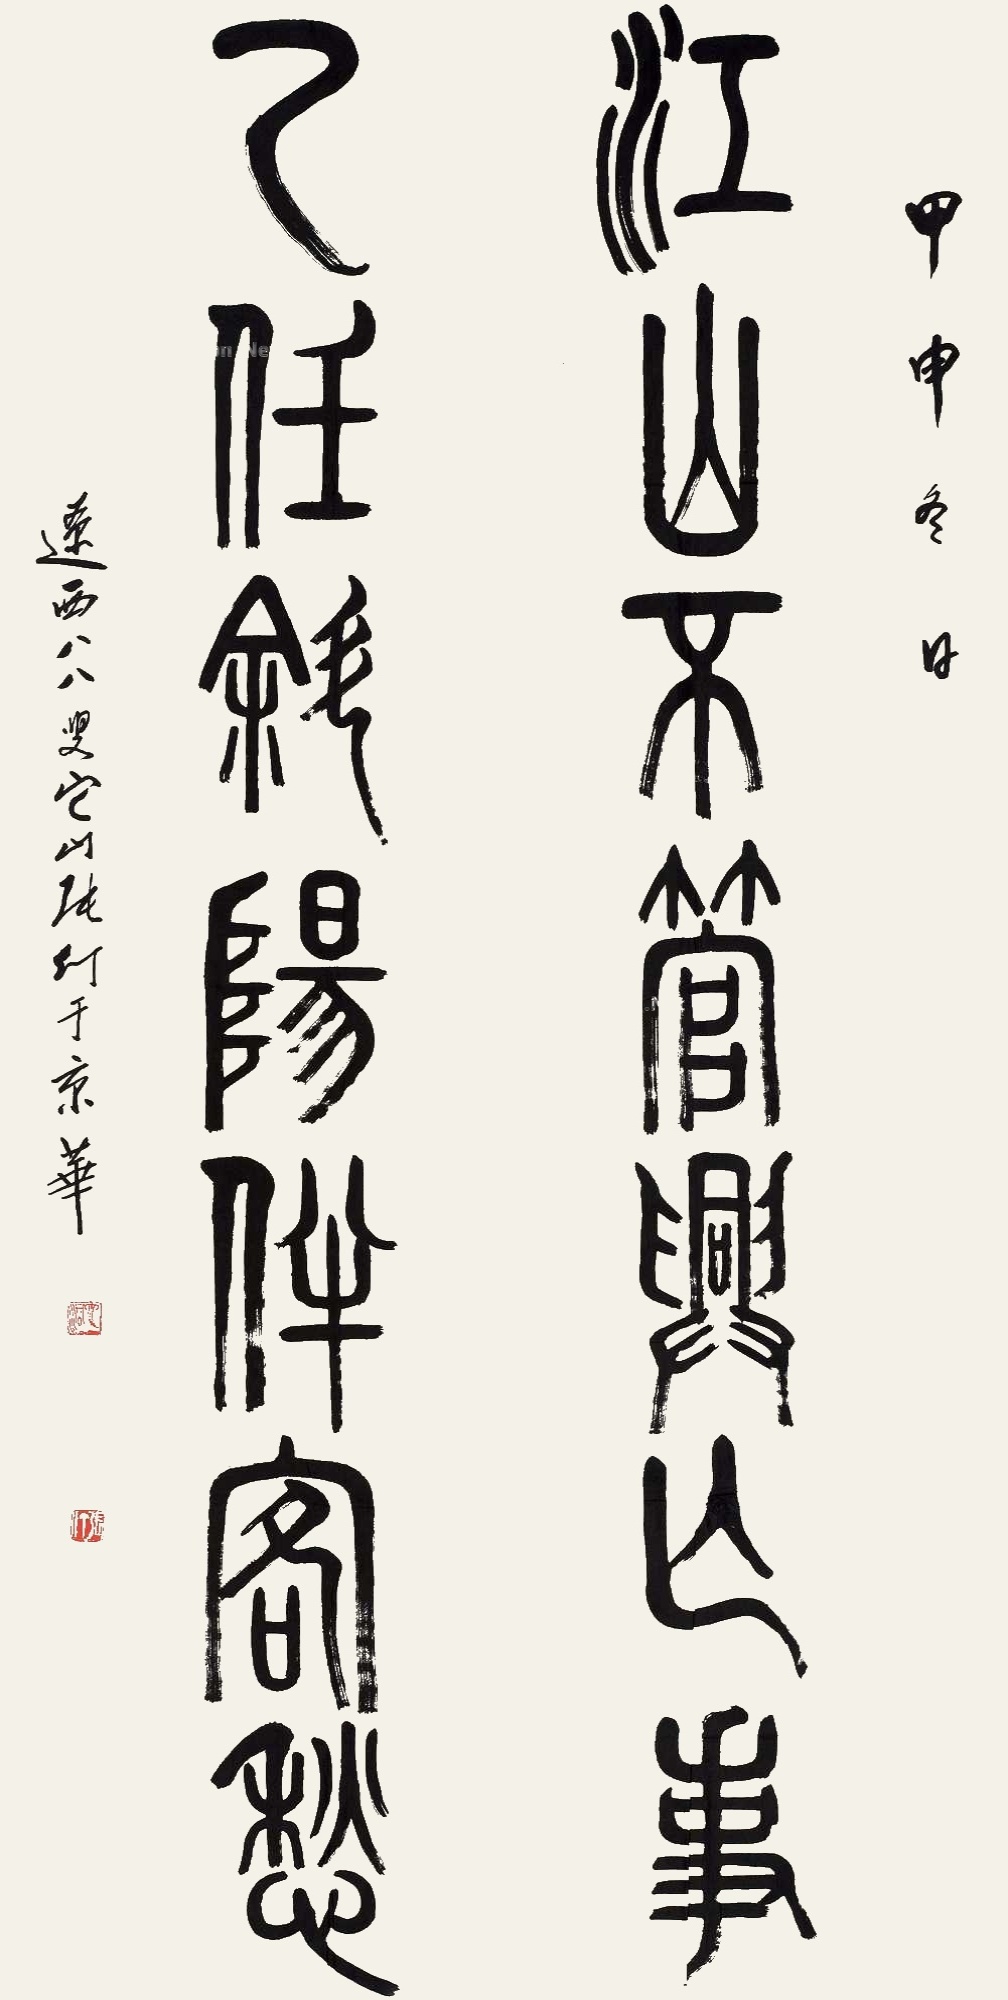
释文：江山不管兴亡事，己任斜阳伴客愁。甲申冬日，辽西八八叟它山张仃于京华。